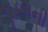
નૂડલની